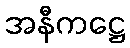
အနီကဋ္ဌေ